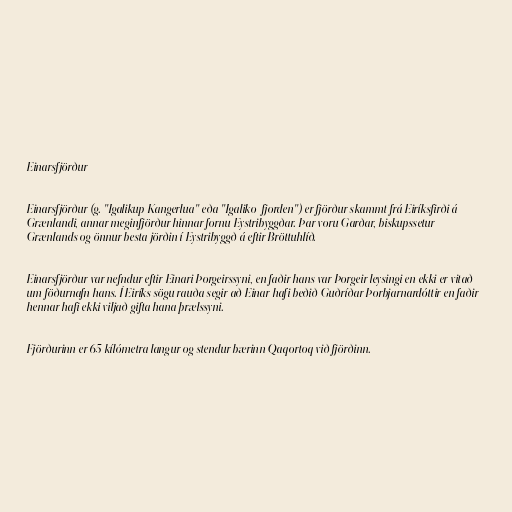
Einarsfjörður

Einarsfjörður (g. "Igalikup Kangerlua" eða "Igaliko-fjorden") er fjörður skammt frá Eiríksfirði á
Grænlandi, annar meginfjörður hinnar fornu Eystribyggðar. Þar voru Garðar, biskupssetur
Grænlands og önnur besta jörðin í Eystribyggð á eftir Bröttuhlíð.

Einarsfjörður var nefndur eftir Einari Þorgeirssyni, en faðir hans var Þorgeir leysingi en ekki er vitað
um föðurnafn hans. Í Eiríks sögu rauða segir að Einar hafi beðið Guðríðar Þorbjarnardóttir en faðir
hennar hafi ekki viljað gifta hana þrælssyni.

Fjörðurinn er 65 kílómetra langur og stendur bærinn Qaqortoq við fjörðinn.